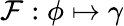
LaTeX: \mathcal{F}:\phi\mapsto\gamma